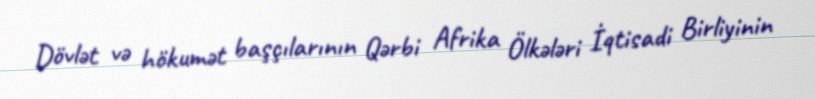
Dövlət və hökumət başçılarının Qərbi Afrika Ölkələri İqtisadi Birliyinin